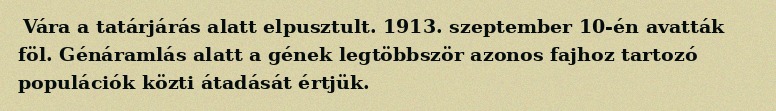
Vára a tatárjárás alatt elpusztult. 1913. szeptember 10-én avatták föl. Génáramlás alatt a gének legtöbbször azonos fajhoz tartozó populációk közti átadását értjük.